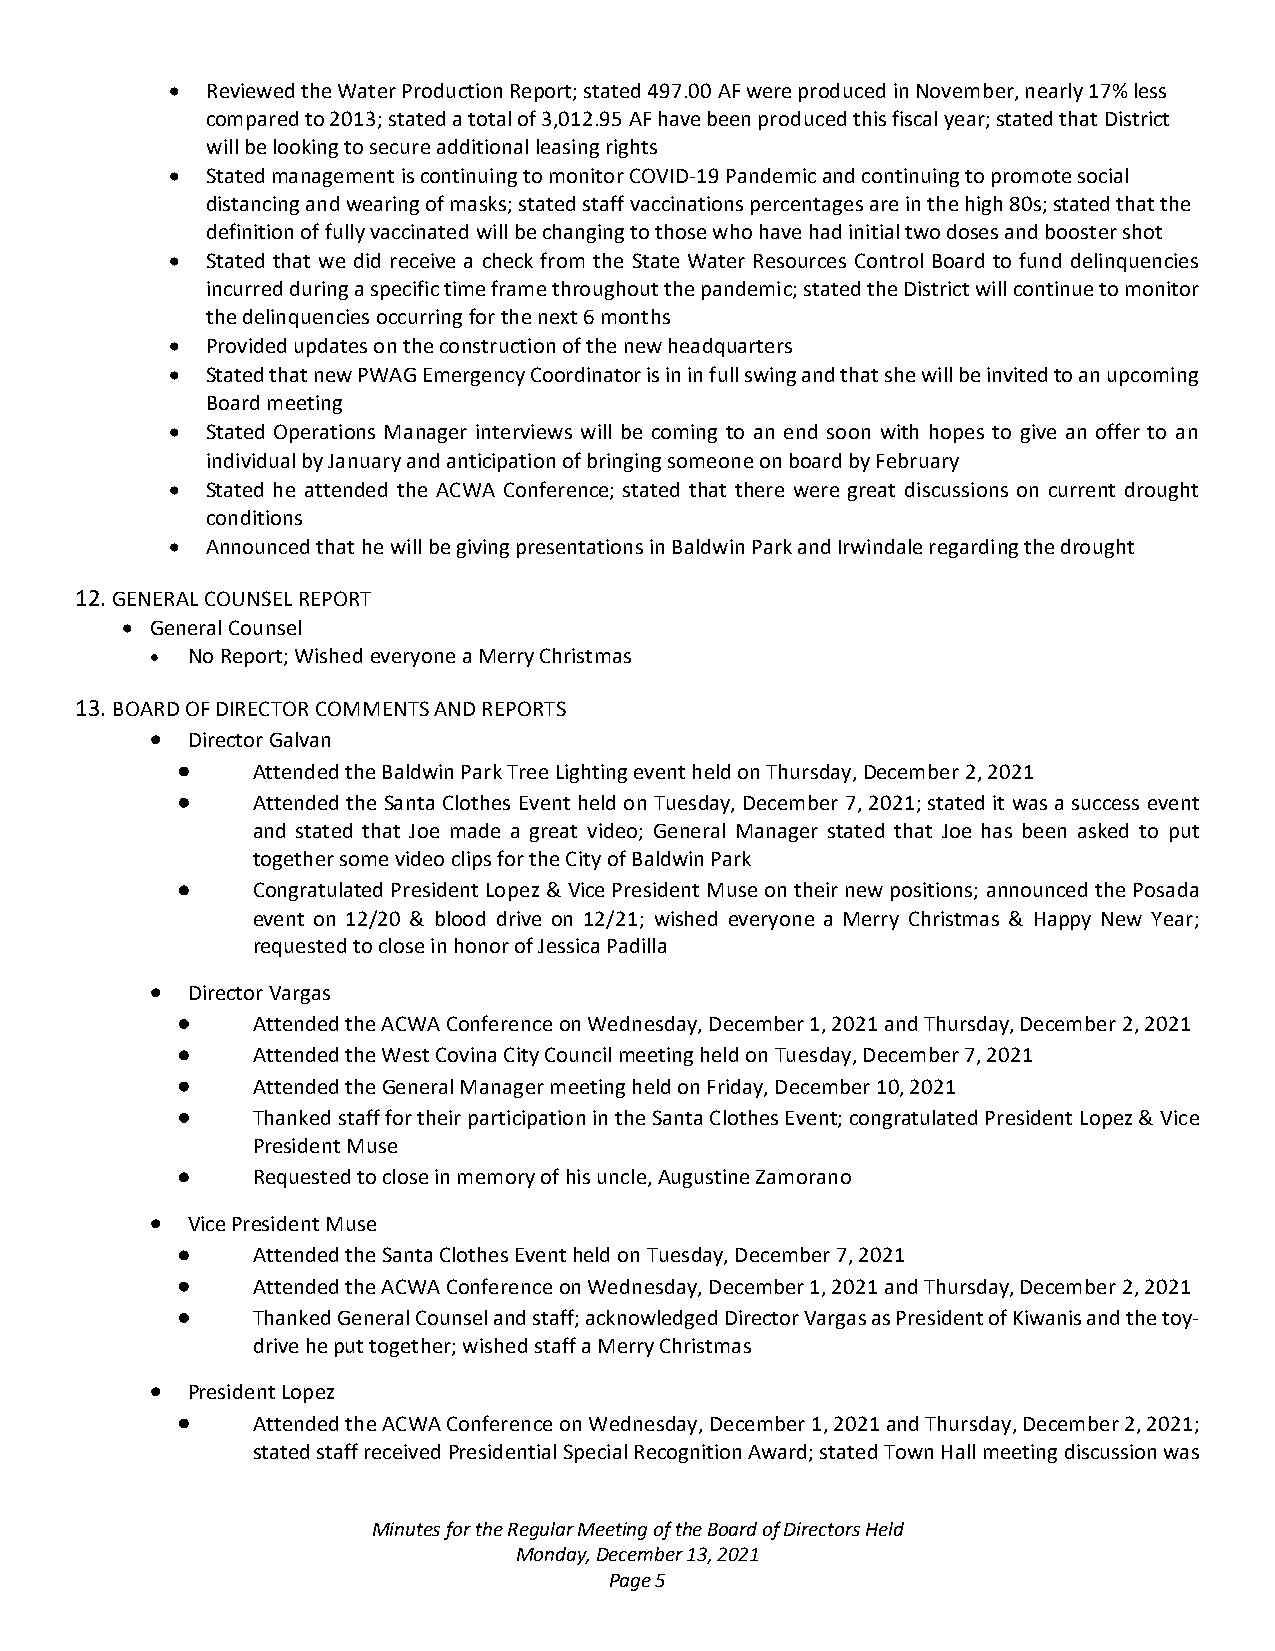
•  Reviewed the Water Production Report; stated 497.00 AF were produced in November, nearly 17% less
 compared to 2013; stated a total of 3,012.95 AF have been produced this fiscal year; stated that District
 will be looking to secure additional leasing rights
 •  Stated management is continuing to monitor COVID-19 Pandemic and continuing to promote social
 distancing and wearing of masks; stated staff vaccinations percentages are in the high 80s; stated that the
 definition of fully vaccinated will be changing to those who have had initial two doses and booster shot
 •  Stated that we did receive a check from the State Water Resources Control Board to fund delinquencies
 incurred during a specific time frame throughout the pandemic; stated the District will continue to monitor
 the delinquencies occurring for the next 6 months
 •  Provided updates on the construction of the new headquarters
 •  Stated that new PWAG Emergency Coordinator is in in full swing and that she will be invited to an upcoming
 Board meeting
 •  Stated Operations Manager interviews will be coming to an end soon with hopes to give an offer to an
 individual by January and anticipation of bringing someone on board by February
 •  Stated he attended the ACWA Conference; stated that there were great discussions on current drought
 conditions
 •  Announced that he will be giving presentations in Baldwin Park and Irwindale regarding the drought
 12. GENERAL COUNSEL REPORT
 • General Counsel
 • No Report; Wished everyone a Merry Christmas
 13. BOARD OF DIRECTOR COMMENTS AND REPORTS
 • Director Galvan
 •    Attended the Baldwin Park Tree Lighting event held on Thursday, December 2, 2021
 •    Attended the Santa Clothes Event held on Tuesday, December 7, 2021; stated it was a success event
 and stated that Joe made a great video; General Manager stated that Joe has been asked to put
 together some video clips for the City of Baldwin Park
 •    Congratulated President Lopez & Vice President Muse on their new positions; announced the Posada
 event on 12/20 & blood drive on 12/21; wished everyone a Merry Christmas & Happy New Year;
 requested to close in honor of Jessica Padilla
 • Director Vargas
 •    Attended the ACWA Conference on Wednesday, December 1, 2021 and Thursday, December 2, 2021
 •    Attended the West Covina City Council meeting held on Tuesday, December 7, 2021
 •    Attended the General Manager meeting held on Friday, December 10, 2021
 •    Thanked staff for their participation in the Santa Clothes Event; congratulated President Lopez & Vice
 President Muse
 •    Requested to close in memory of his uncle, Augustine Zamorano
 • Vice President Muse
 •    Attended the Santa Clothes Event held on Tuesday, December 7, 2021
 •    Attended the ACWA Conference on Wednesday, December 1, 2021 and Thursday, December 2, 2021
 •    Thanked General Counsel and staff; acknowledged Director Vargas as President of Kiwanis and the toy-
 drive he put together; wished staff a Merry Christmas
 • President Lopez
 •    Attended the ACWA Conference on Wednesday, December 1, 2021 and Thursday, December 2, 2021;
 stated staff received Presidential Special Recognition Award; stated Town Hall meeting discussion was
 Minutes for the Regular Meeting of the Board of Directors Held
 Monday, December 13, 2021
 Page 5